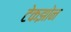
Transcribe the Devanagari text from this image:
टेकझोन